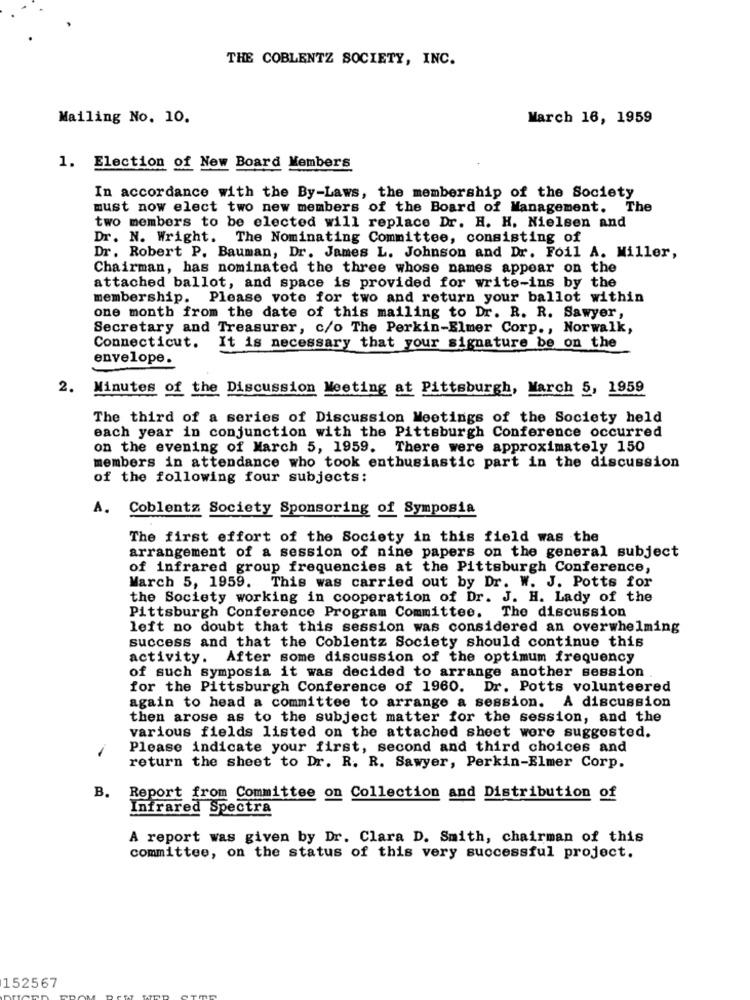
THE COBLENTZ SOCIETY, INC.
Mailing No. 10.
March 16, 1959
1. Election of New Board Members
In accordance with the By-Laws, the membership of the Society
must now elect two new members of the Board of Management, The
two members to be elected will replace Dr. H. H. Nielsen and
Dr. N. Wright. The Nominating Committee, consisting of
Dr. Robert P. Bauman, Dr. James L. Johnson and Dr. Foil A. Miller,
Chairman, has nominated the three whose names appear on the
attached ballot, and space is provided for write-ins by the
membership. Please vote for two and return your ballot within
one month from the date of this mailing to Dr. R. R. Sawyer,
Secretary and Treasurer, c/o The Perkin-Elmer Corp ., Norwalk,
Connecticut.
It is necessary that your signature be on the
envelope.
2.
Minutes of the Discussion Meeting at Pittsburgh, March 5, 1959
The third of a series of Discussion Meetings of the Society held
each year in conjunction with the Pittsburgh Conference occurred
on the evening of March 5, 1959. There were approximately 150
members in attendance who took enthusiastic part in the discussion
of the following four subjects:
A. Coblentz Society Sponsoring of Symposia
The first effort of the Society in this field was the
arrangement of a session of nine papers on the general subject
of infrared group frequencies at the Pittsburgh Conference,
March 5, 1959. This was carried out by Dr. W. J. Potts for
the Society working in cooperation of Dr. J. H. Lady of the
Pittsburgh Conference Program Committee. The discussion
left no doubt that this session was considered an overwhelming
success and that the Coblentz Society should continue this
activity. After some discussion of the optimum frequency
of such symposia it was decided to arrange another session .
for the Pittsburgh Conference of 1960. Dr. Potts volunteered
again to head a committee to arrange a session. A discussion
then arose as to the subject matter for the session, and the
various fields listed on the attached sheet were suggested.
Please indicate your first, second and third choices and
return the sheet to Dr. R. R. Sawyer, Perkin-Elmer Corp.
B.
Report from Committee on Collection and Distribution of
Infrared Spectra
A report was given by Dr. Clara D. Smith, chairman of this
committee, on the status of this very successful project.
152567